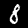
Digit: 8